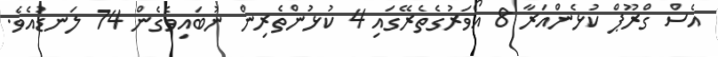
އެސް ގްރޫޕް ކުޅެންއަރާ 8 އޯވަރުގެތެރޭގައި 4 ކުޅުންތެރިން ނުބަަައިވެގެން 74 ލަނޑުއެވެ.